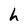
Character: h